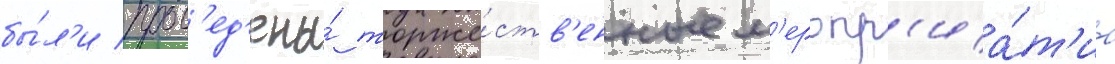
бы́л'и пров'ед'ены́ торже́ств'енные м'еропр'иа́т'иа